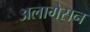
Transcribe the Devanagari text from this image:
अलागेसन